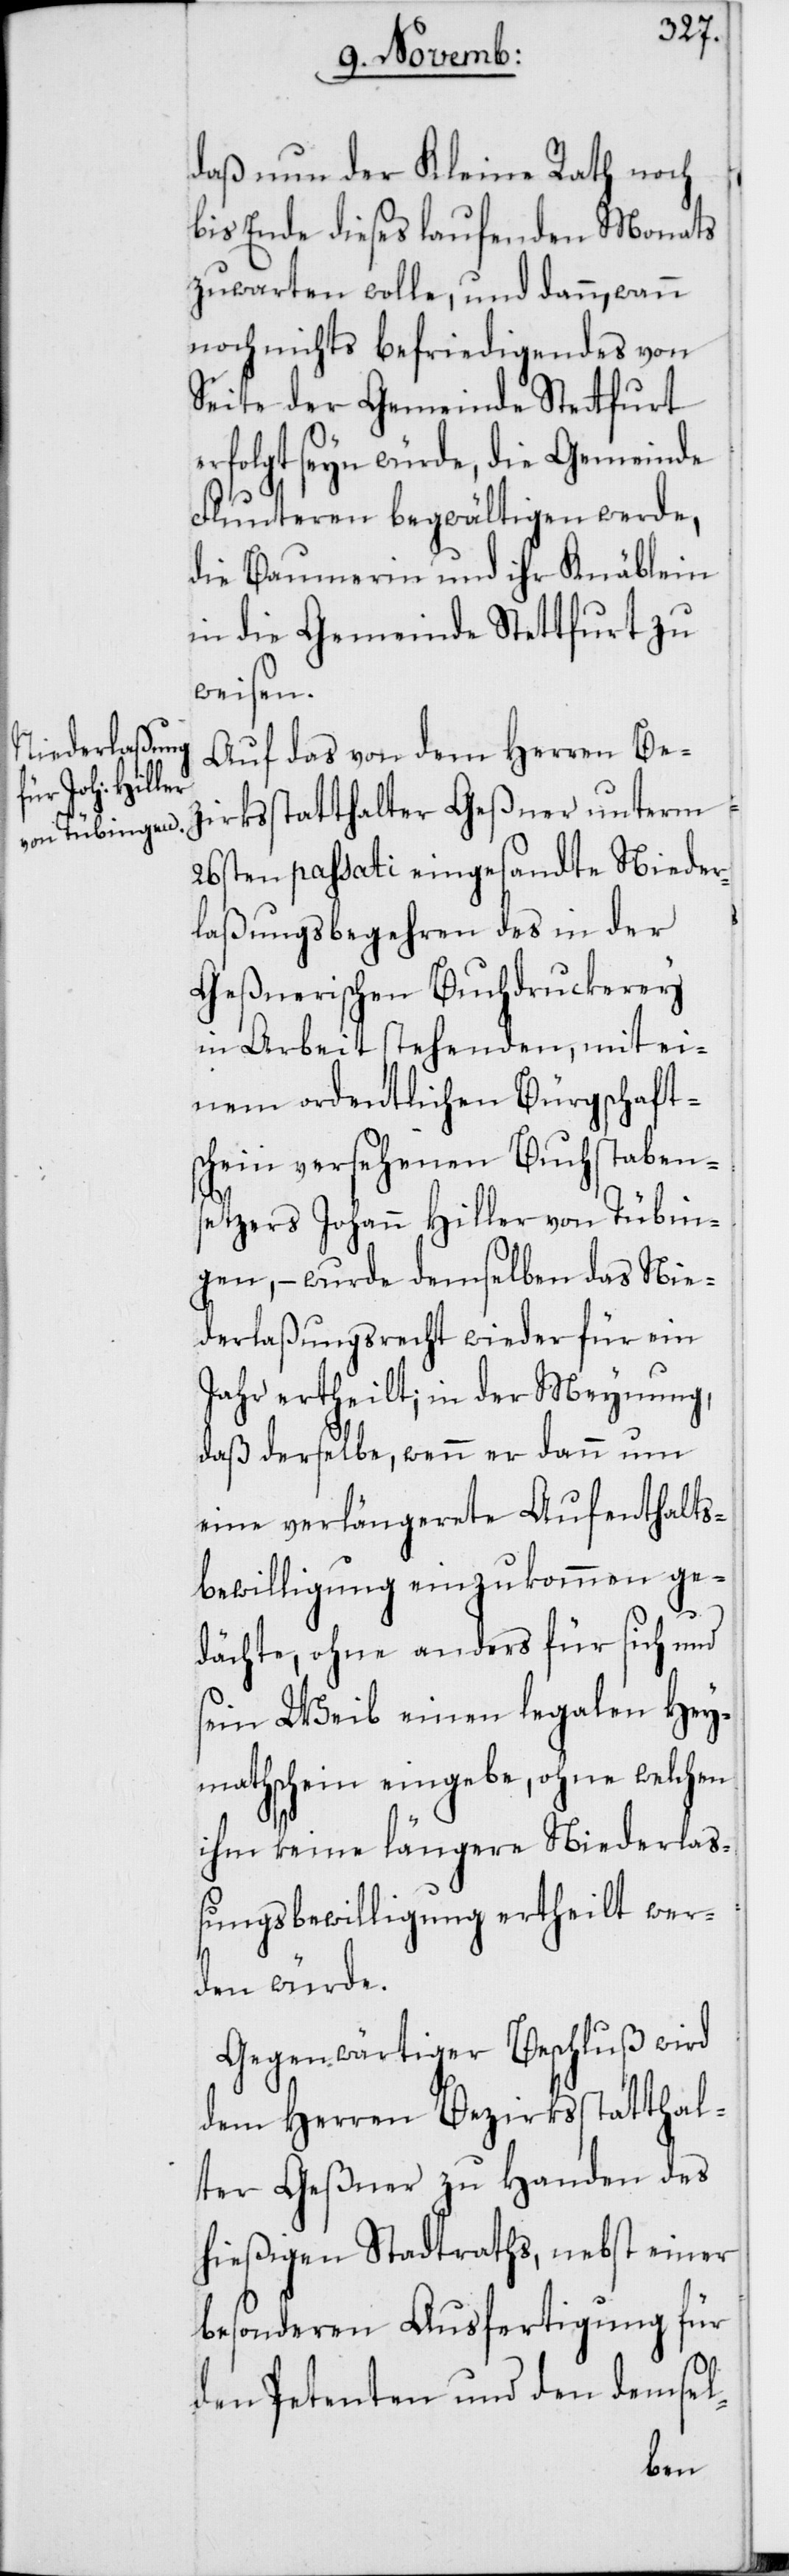
daß nun der Kleine Rath noch
bis Ende dieses laufenden Monats
zuwarten wolle, und dann, wann
noch nichts befriedigendes von
Seite der Gemeinde Stettfurt
erfolgt seyn würde, die Gemeinde
Fluntern begwältigen werde,
die Baumerin und ihr Knäblein
in die Gemeinde Stettfurt zu
weisen.
Auf das von dem Herren Be¬
zirksstatthalter Geßner unterm
26sten passati eingesandte Nieder¬
laßungsbegehren des in der
Geßnerischen Buchdruckerey
in Arbeit stehenden, mit ei¬
nem ordentlichen Bürgschaft¬
schein versehenen Buchstaben¬
setzers Johann Hiller von Tübin¬
gen, – wurde demselben das Nie¬
derlaßungsrecht wieder für ein
Jahr ertheilt, in der Meynung,
daß derselbe, wenn er dann um
eine verlängerete Aufenthalts¬
bewilligung einzukommen ge¬
dächte, ohne anders für sich und
sein Weib einen legalen Hey¬
mathschein eingebe, ohne welchen
ihm keine längere Niederlaß¬
ungsbewilligung ertheilt wer¬
den würde.
Gegenwärtiger Beschluß wird
dem Herren Bezirksstatthal¬
ter Geßner zu Handen des
hießigen Stadtraths, nebst einer
besonderen Ausfertigung für
den Petenten und den demsel-